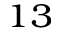
_ { 1 3 }